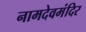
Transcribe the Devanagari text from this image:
नामदेवमंदिर